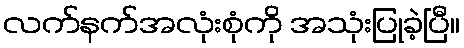
လက်နက်အလုံးစုံကို အသုံးပြုခဲ့ပြီ။